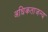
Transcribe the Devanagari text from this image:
अधिकताजन्य